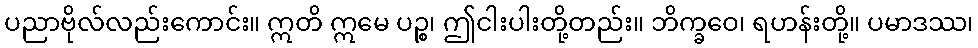
ပညာဗိုလ်လည်းကောင်း။ ဣတိ ဣမေ ပဉ္စ၊ ဤငါးပါးတို့တည်း။ ဘိက္ခဝေ၊ ရဟန်းတို့။ ပမာဒဿ၊